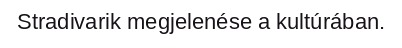
Stradivarik megjelenése a kultúrában.